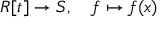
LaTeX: R [ t ] \to S , \quad f \mapsto f ( x )